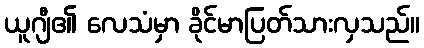
ယူဂျီ၏ လေသံမှာ ခိုင်မာပြတ်သားလှသည်။